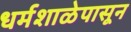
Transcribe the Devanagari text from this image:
धर्मशाळेपासून